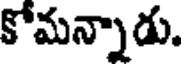
కోమన్నాడు.